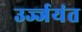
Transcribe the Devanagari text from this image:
उर्ज्जयंत